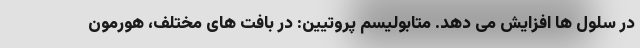
در سلول ها افزایش می دهد. متابولیسم پروتیین: در بافت های مختلف، هورمون